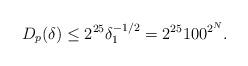
LaTeX: \begin{align*}D_{p}(\delta) \leq 2^{25}\delta_{1}^{-1/2} = 2^{25}100^{2^N}.\end{align*}